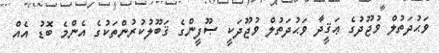
ވަޙުދަތުލް ވުޖޫދުގެ ޢަޤީދާ ވަޙުދަތުލް ވުޖޫދަކީ ޞޫފީންގެ ޤަބޫލުކުރުންތަކުގެ އެންމެ ބޮޑު އެއް